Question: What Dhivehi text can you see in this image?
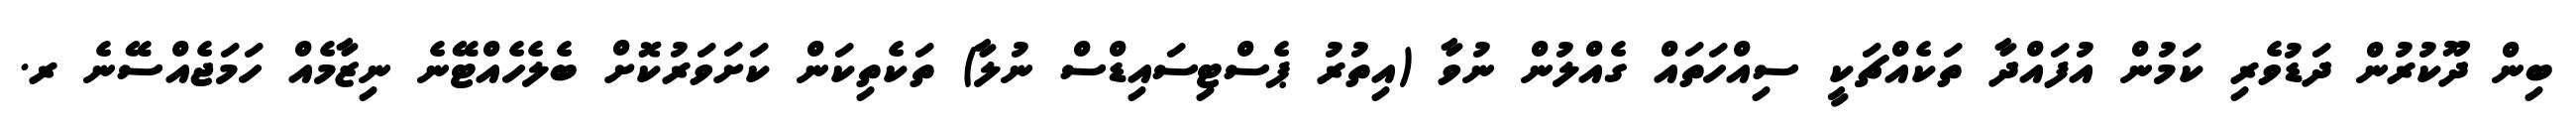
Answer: ބިން ދޫކުރުން ދަޑުވެރި ކަމުން އުފައްދާ ތަކެއްޗަކީ ސިއްހަތައް ގެއްލުން ނުވާ (އިތުރު ޕެސްޓިސައިޑްސް ނުލާ) ތަކެތިކަން ކަށަވަރުކޮށް ބެލެހެއްޓޭނެ ނިޒާމެއް ހަމަޖެއްސޭނެ ރ.